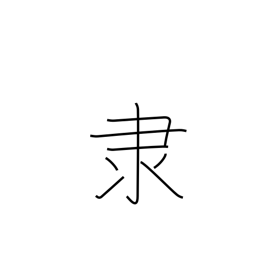
Meaning: slave radical (no. 171)